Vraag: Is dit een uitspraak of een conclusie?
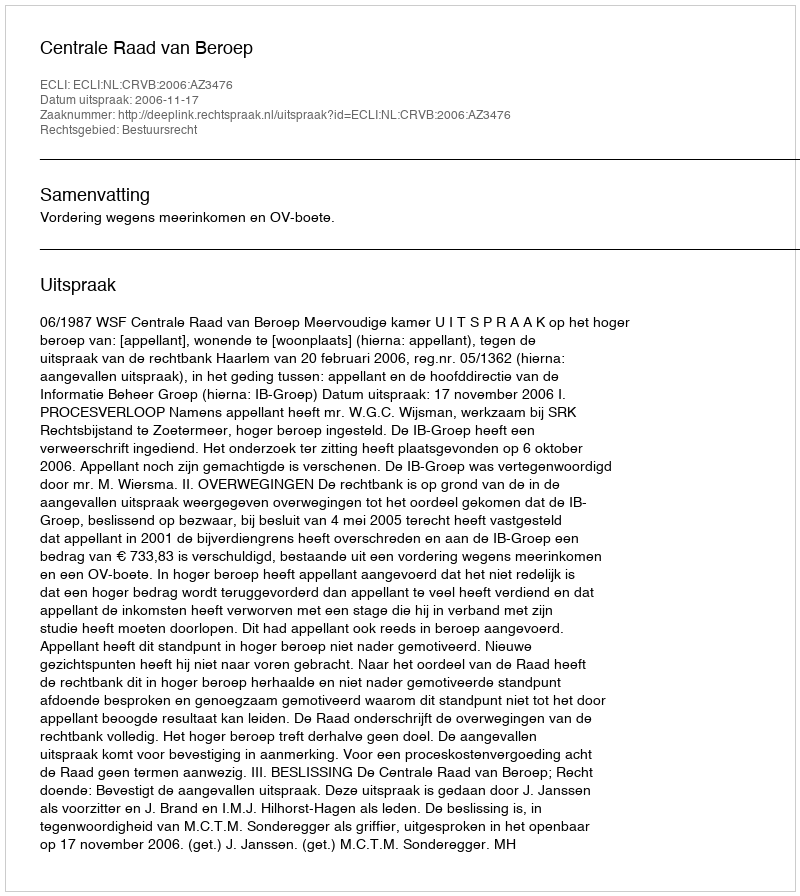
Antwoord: Uitspraak